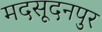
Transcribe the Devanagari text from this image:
मदसूदनपुर